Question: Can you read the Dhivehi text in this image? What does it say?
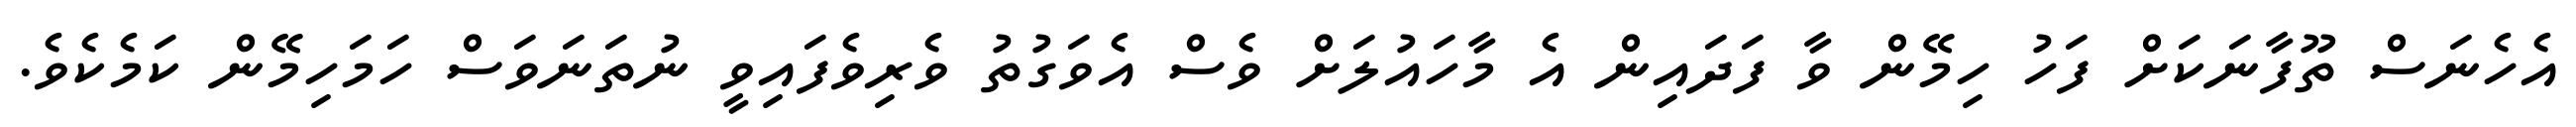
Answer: އެހެނަސް ތޫފާނަކަށް ފަހު ހިމޭން ވާ ފަދައިން އެ މާހައުލަށް ވެސް އެވަގުތު ވެރިވެފައިވީ ނުތަނަވަސް ހަމަހިމޭން ކަމެކެވެ.